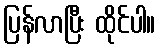
ပြန်လာပြီး ထိုင်ပါ။